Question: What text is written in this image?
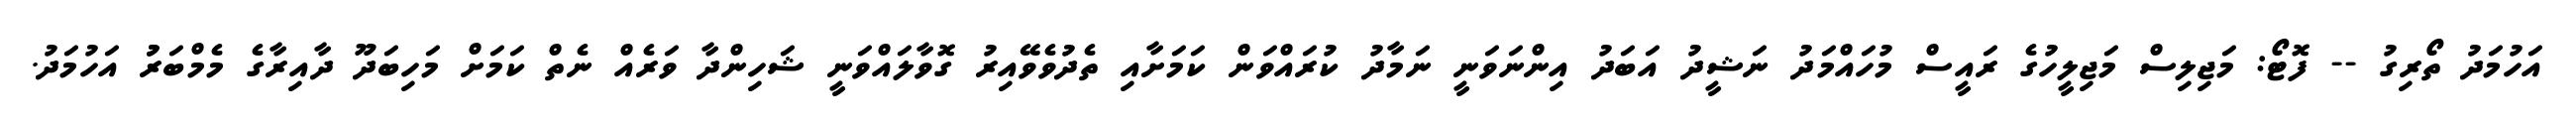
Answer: އަހުމަދު ތޯރިގު -- ފޮޓޯ: މަޖިލިސް މަޖިލީހުގެ ރައީސް މުހައްމަދު ނަޝީދު އަބަދު އިންނަވަނީ ނަމާދު ކުރައްވަން ކަމަށާއި ތެދުވެވޭއިރު ގޮވާލައްވަނީ ޝަހިންދާ ވަރެއް ނެތް ކަމަށް މަހިބަދޫ ދާއިރާގެ މެމްބަރުު އަހުމަދު.